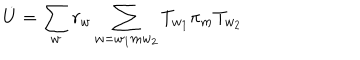
LaTeX: \dot { U } = \sum _ { w } r _ { w } \sum _ { w = w _ { 1 } m w _ { 2 } } T _ { w _ { 1 } } \pi _ { m } T _ { w _ { 2 } }